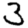
Digit: 3